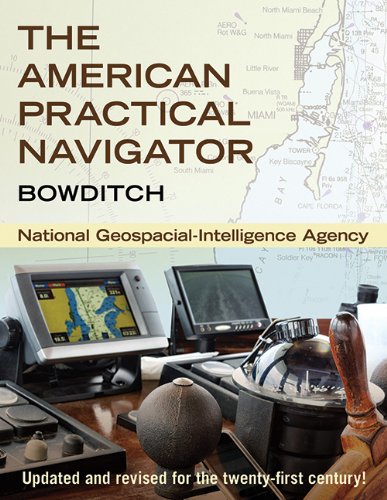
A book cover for The American Practical Navigator: Bowditch; National Geospatial-Intelligence Agency; Sports & Outdoors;